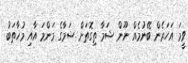
ވީމަ އަހަރެން ބޭނުމެއް ނޫން ޝަމާ ތިގޮތަށް ޝަމާގެ މަންމަ އާއި މުޚާތަބު